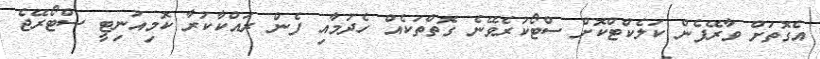
އެގޮތަށް ވާރޭފެން ކަލެކްޓްކޮށް ސްޓޯކުރެވޭނެ ގޮތްތަކެއް ހެދުމާއި ފެން ރައްކާކުރާ ކޮމިއުނިޓީ ސްޓޯރޭޖެ